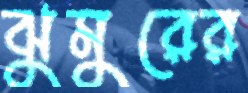
ঝুমুরের